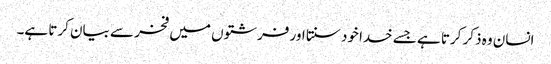
انسان وہ ذکر کرتا ہے جسے خدا خود سنتا اور فرشتوں میں فخر سے بیان کرتا ہے۔